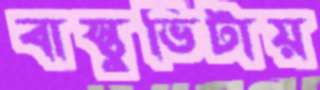
বাস্তুভিটায়